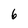
Character: 6